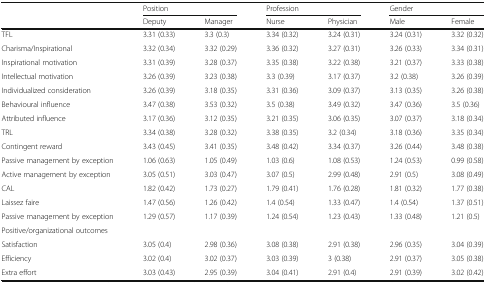
<table><thead><tr><td rowspan="2"></td><td colspan="2"><b>Position</b></td><td colspan="2"><b>Profession</b></td><td colspan="2"><b>Gender</b></td></tr><tr><td><b>Deputy</b></td><td><b>Manager</b></td><td><b>Nurse</b></td><td><b>Physician</b></td><td><b>Male</b></td><td><b>Female</b></td></tr></thead><tbody><tr><td>TFL</td><td>3.31 (0.33)</td><td>3.3 (0.3)</td><td>3.34 (0.32)</td><td>3.24 (0.31)</td><td>3.24 (0.31)</td><td>3.32 (0.32)</td></tr><tr><td>Charisma/Inspirational</td><td>3.32 (0.34)</td><td>3.32 (0.29)</td><td>3.36 (0.32)</td><td>3.27 (0.31)</td><td>3.26 (0.33)</td><td>3.34 (0.31)</td></tr><tr><td>Inspirational motivation</td><td>3.31 (0.39)</td><td>3.28 (0.37)</td><td>3.35 (0.38)</td><td>3.22 (0.38)</td><td>3.21 (0.37)</td><td>3.33 (0.38)</td></tr><tr><td>Intellectual motivation</td><td>3.26 (0.39)</td><td>3.23 (0.38)</td><td>3.3 (0.39)</td><td>3.17 (0.37)</td><td>3.2 (0.38)</td><td>3.26 (0.39)</td></tr><tr><td>Individualized consideration</td><td>3.26 (0.39)</td><td>3.18 (0.35)</td><td>3.31 (0.36)</td><td>3.09 (0.37)</td><td>3.13 (0.35)</td><td>3.26 (0.38)</td></tr><tr><td>Behavioural influence</td><td>3.47 (0.38)</td><td>3.53 (0.32)</td><td>3.5 (0.38)</td><td>3.49 (0.32)</td><td>3.47 (0.36)</td><td>3.5 (0.36)</td></tr><tr><td>Attributed influence</td><td>3.17 (0.36)</td><td>3.12 (0.35)</td><td>3.21 (0.35)</td><td>3.06 (0.35)</td><td>3.07 (0.37)</td><td>3.18 (0.34)</td></tr><tr><td>TRL</td><td>3.34 (0.38)</td><td>3.28 (0.32)</td><td>3.38 (0.35)</td><td>3.2 (0.34)</td><td>3.18 (0.36)</td><td>3.35 (0.34)</td></tr><tr><td>Contingent reward</td><td>3.43 (0.45)</td><td>3.41 (0.35)</td><td>3.48 (0.42)</td><td>3.34 (0.37)</td><td>3.26 (0.44)</td><td>3.48 (0.38)</td></tr><tr><td>Passive management by exception</td><td>1.06 (0.63)</td><td>1.05 (0.49)</td><td>1.03 (0.6)</td><td>1.08 (0.53)</td><td>1.24 (0.53)</td><td>0.99 (0.58)</td></tr><tr><td>Active management by exception</td><td>3.05 (0.51)</td><td>3.03 (0.47)</td><td>3.07 (0.5)</td><td>2.99 (0.48)</td><td>2.91 (0.5)</td><td>3.08 (0.49)</td></tr><tr><td>CAL</td><td>1.82 (0.42)</td><td>1.73 (0.27)</td><td>1.79 (0.41)</td><td>1.76 (0.28)</td><td>1.81 (0.32)</td><td>1.77 (0.38)</td></tr><tr><td>Laissez faire</td><td>1.47 (0.56)</td><td>1.26 (0.42)</td><td>1.4 (0.54)</td><td>1.33 (0.47)</td><td>1.4 (0.54)</td><td>1.37 (0.51)</td></tr><tr><td>Passive management by exception</td><td>1.29 (0.57)</td><td>1.17 (0.39)</td><td>1.24 (0.54)</td><td>1.23 (0.43)</td><td>1.33 (0.48)</td><td>1.21 (0.5)</td></tr><tr><td colspan="7">Positive/organizational outcomes</td></tr><tr><td>Satisfaction</td><td>3.05 (0.4)</td><td>2.98 (0.36)</td><td>3.08 (0.38)</td><td>2.91 (0.38)</td><td>2.96 (0.35)</td><td>3.04 (0.39)</td></tr><tr><td>Efficiency</td><td>3.02 (0.4)</td><td>3.02 (0.37)</td><td>3.03 (0.39)</td><td>3 (0.38)</td><td>2.91 (0.37)</td><td>3.05 (0.38)</td></tr><tr><td>Extra effort</td><td>3.03 (0.43)</td><td>2.95 (0.39)</td><td>3.04 (0.41)</td><td>2.91 (0.4)</td><td>2.91 (0.39)</td><td>3.02 (0.42)</td></tr></tbody></table>